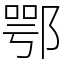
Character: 鄂